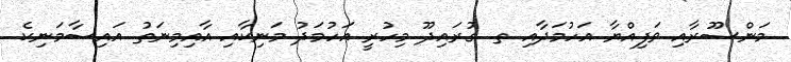
މަންސޫރާއި ވަފިއްޔާ އަހުމަދާއި ތ. ގުރައިދޫ މިހުރީ އަހުމަދު މަނިކާއި އާއިމިނަތު އައިސާމަނިކެ